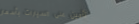
تأمين على السيارات بأسعار